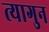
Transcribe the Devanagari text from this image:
त्यागुन